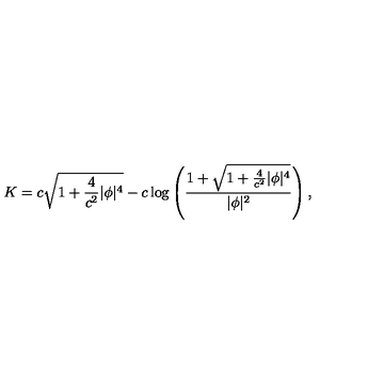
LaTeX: K = c \sqrt { 1 + { \frac { 4 } { c ^ { 2 } } } | \phi | ^ { 4 } } - c \log \left( { \frac { 1 + \sqrt { 1 + { \frac { 4 } { c ^ { 2 } } } | \phi | ^ { 4 } } } { | \phi | ^ { 2 } } } \right) ,